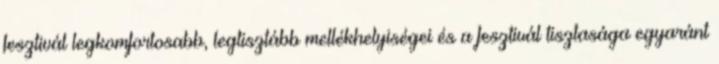
fesztivál legkomfortosabb, legtisztább mellékhelyiségei és a fesztivál tisztasága egyaránt